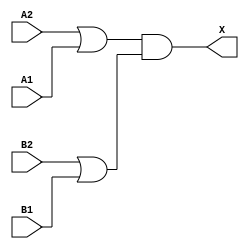
module sky130_fd_sc_ls__o22a (
    X ,
    A1,
    A2,
    B1,
    B2
);

    // Module ports
    output X ;
    input  A1;
    input  A2;
    input  B1;
    input  B2;

    // Local signals
    wire or0_out   ;
    wire or1_out   ;
    wire and0_out_X;

    //  Name  Output      Other arguments
    or  or0  (or0_out   , A2, A1          );
    or  or1  (or1_out   , B2, B1          );
    and and0 (and0_out_X, or0_out, or1_out);
    buf buf0 (X         , and0_out_X      );

endmodule